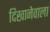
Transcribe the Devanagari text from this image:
दिखानेवाला